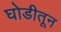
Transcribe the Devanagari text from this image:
घोडीतून